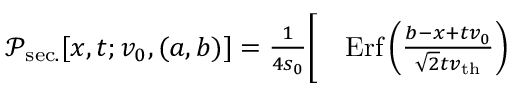
\begin{array} { r l } { \mathcal { P } _ { \mathrm { s e c . } } [ x , t ; v _ { 0 } , ( a , b ) ] = \frac { 1 } { 4 s _ { 0 } } \bigg [ } & { { } \mathrm { E r f } \left( \frac { b - x + t v _ { 0 } } { \sqrt { 2 } t v _ { \mathrm { t h } } } \right) } \end{array}